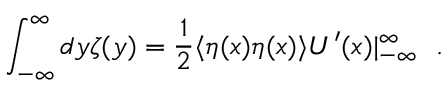
\int _ { - \infty } ^ { \infty } d y \zeta ( y ) = \frac { 1 } { 2 } \langle \eta ( x ) \eta ( x ) \rangle U ^ { \prime } ( x ) | _ { - \infty } ^ { \infty } \ \ .